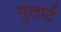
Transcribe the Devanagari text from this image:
गुलार्ट